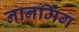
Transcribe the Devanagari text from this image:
नानमिंग